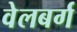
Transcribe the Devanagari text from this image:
वेलबर्ग